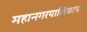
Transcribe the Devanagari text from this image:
महानगरपालिकांची